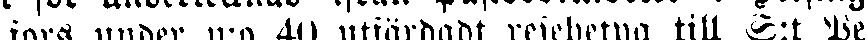
fors under n:o 40 utfärdadt resebetyg till S:t Pe-